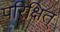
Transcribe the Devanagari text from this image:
परिक्षित्